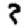
Digit: 3